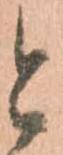
と